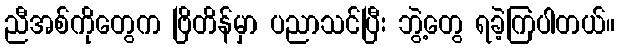
ညီအစ်ကိုတွေက ဗြိတိန်မှာ ပညာသင်ပြီး ဘွဲ့တွေ ရခဲ့ကြပါတယ်။